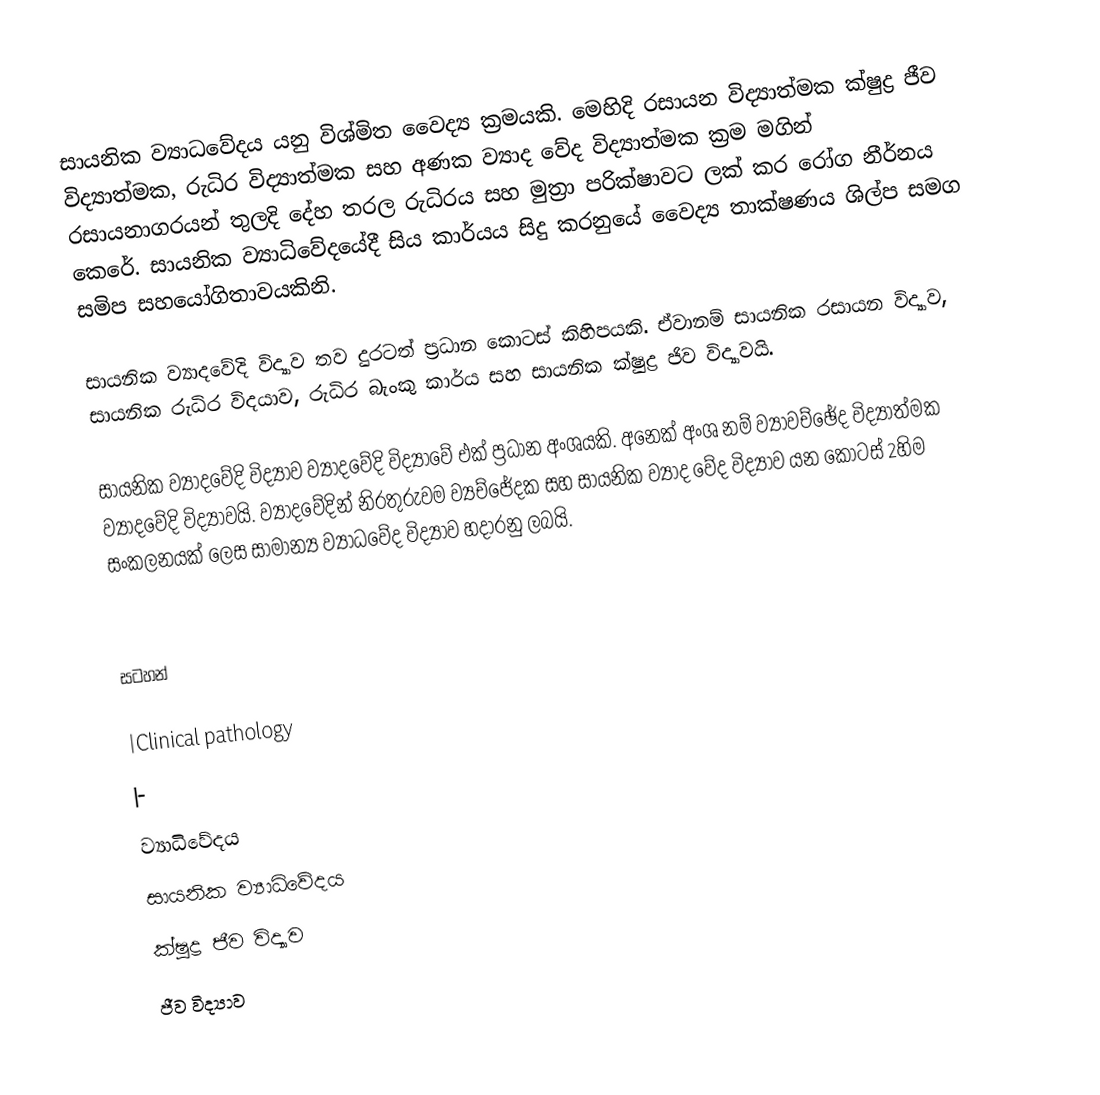
සායනික ව්‍යාධවේදය යනු විශ්මිත වෛද්‍ය ක්‍රමයකි. මෙහිදි රසායන විද්‍යාත්මක ක්ෂුද්‍ර ජීව විද්‍යාත්මක, රුධිර විද්‍යාත්මක සහ අණක ව්‍යාද වේද විද්‍යාත්මක ක්‍රම මගින් රසායනාගරයන් තුලදි දේහ තරල රුධිරය සහ මුත්‍රා පරික්ෂාවට ලක් කර රෝග නීර්නය කෙරේ. සායනික ව්‍යාධිවේදයේදී සිය කාර්යය සිදු කරනුයේ වෛද්‍ය තාක්ෂණය ශිල්ප සමග සමිප සහයෝගිතාවයකිනි.

සායනික ව්‍යාදවේදි විද්‍යාව තව දුරටත් ප්‍රධාන කොටස් කිහිපයකි. ඒවානම් සායනික රසායන විද්‍යාව, සායනික රුධිර විදයාව, රුධිර බැංකු කාර්ය සහ සායනික ක්ෂුද්‍ර ජිව විද්‍යාවයි.

සායනික ව්‍යාදවේදි විද්‍යාව ව්‍යාදවේදි විද්‍යාවේ එක් ප්‍රධාන අංශයකි. අනෙක් අංශ නම් ව්‍යාවච්ඡේද විද්‍යාත්මක ව්‍යා‍දවේදි විද්‍යාවයි. ව්‍යාදවේදින් නිරතුරුවම ව්‍යච්ජේදක සහ සායනික ව්‍යාද වේද විද්‍යාව යන කොටස් 2හිම සංකල‍නයක් ලෙස සාමාන්‍ය ව්‍යාධවේද විද්‍යාව හදාරනු ලබයි.

සටහන්

|Clinical pathology
|-
ව්‍යාධිවේදය
සායනික ව්‍යාධිවේදය
ක්ෂුද්‍ර ජීව විද්‍යාව
ජීව විද්‍යාව